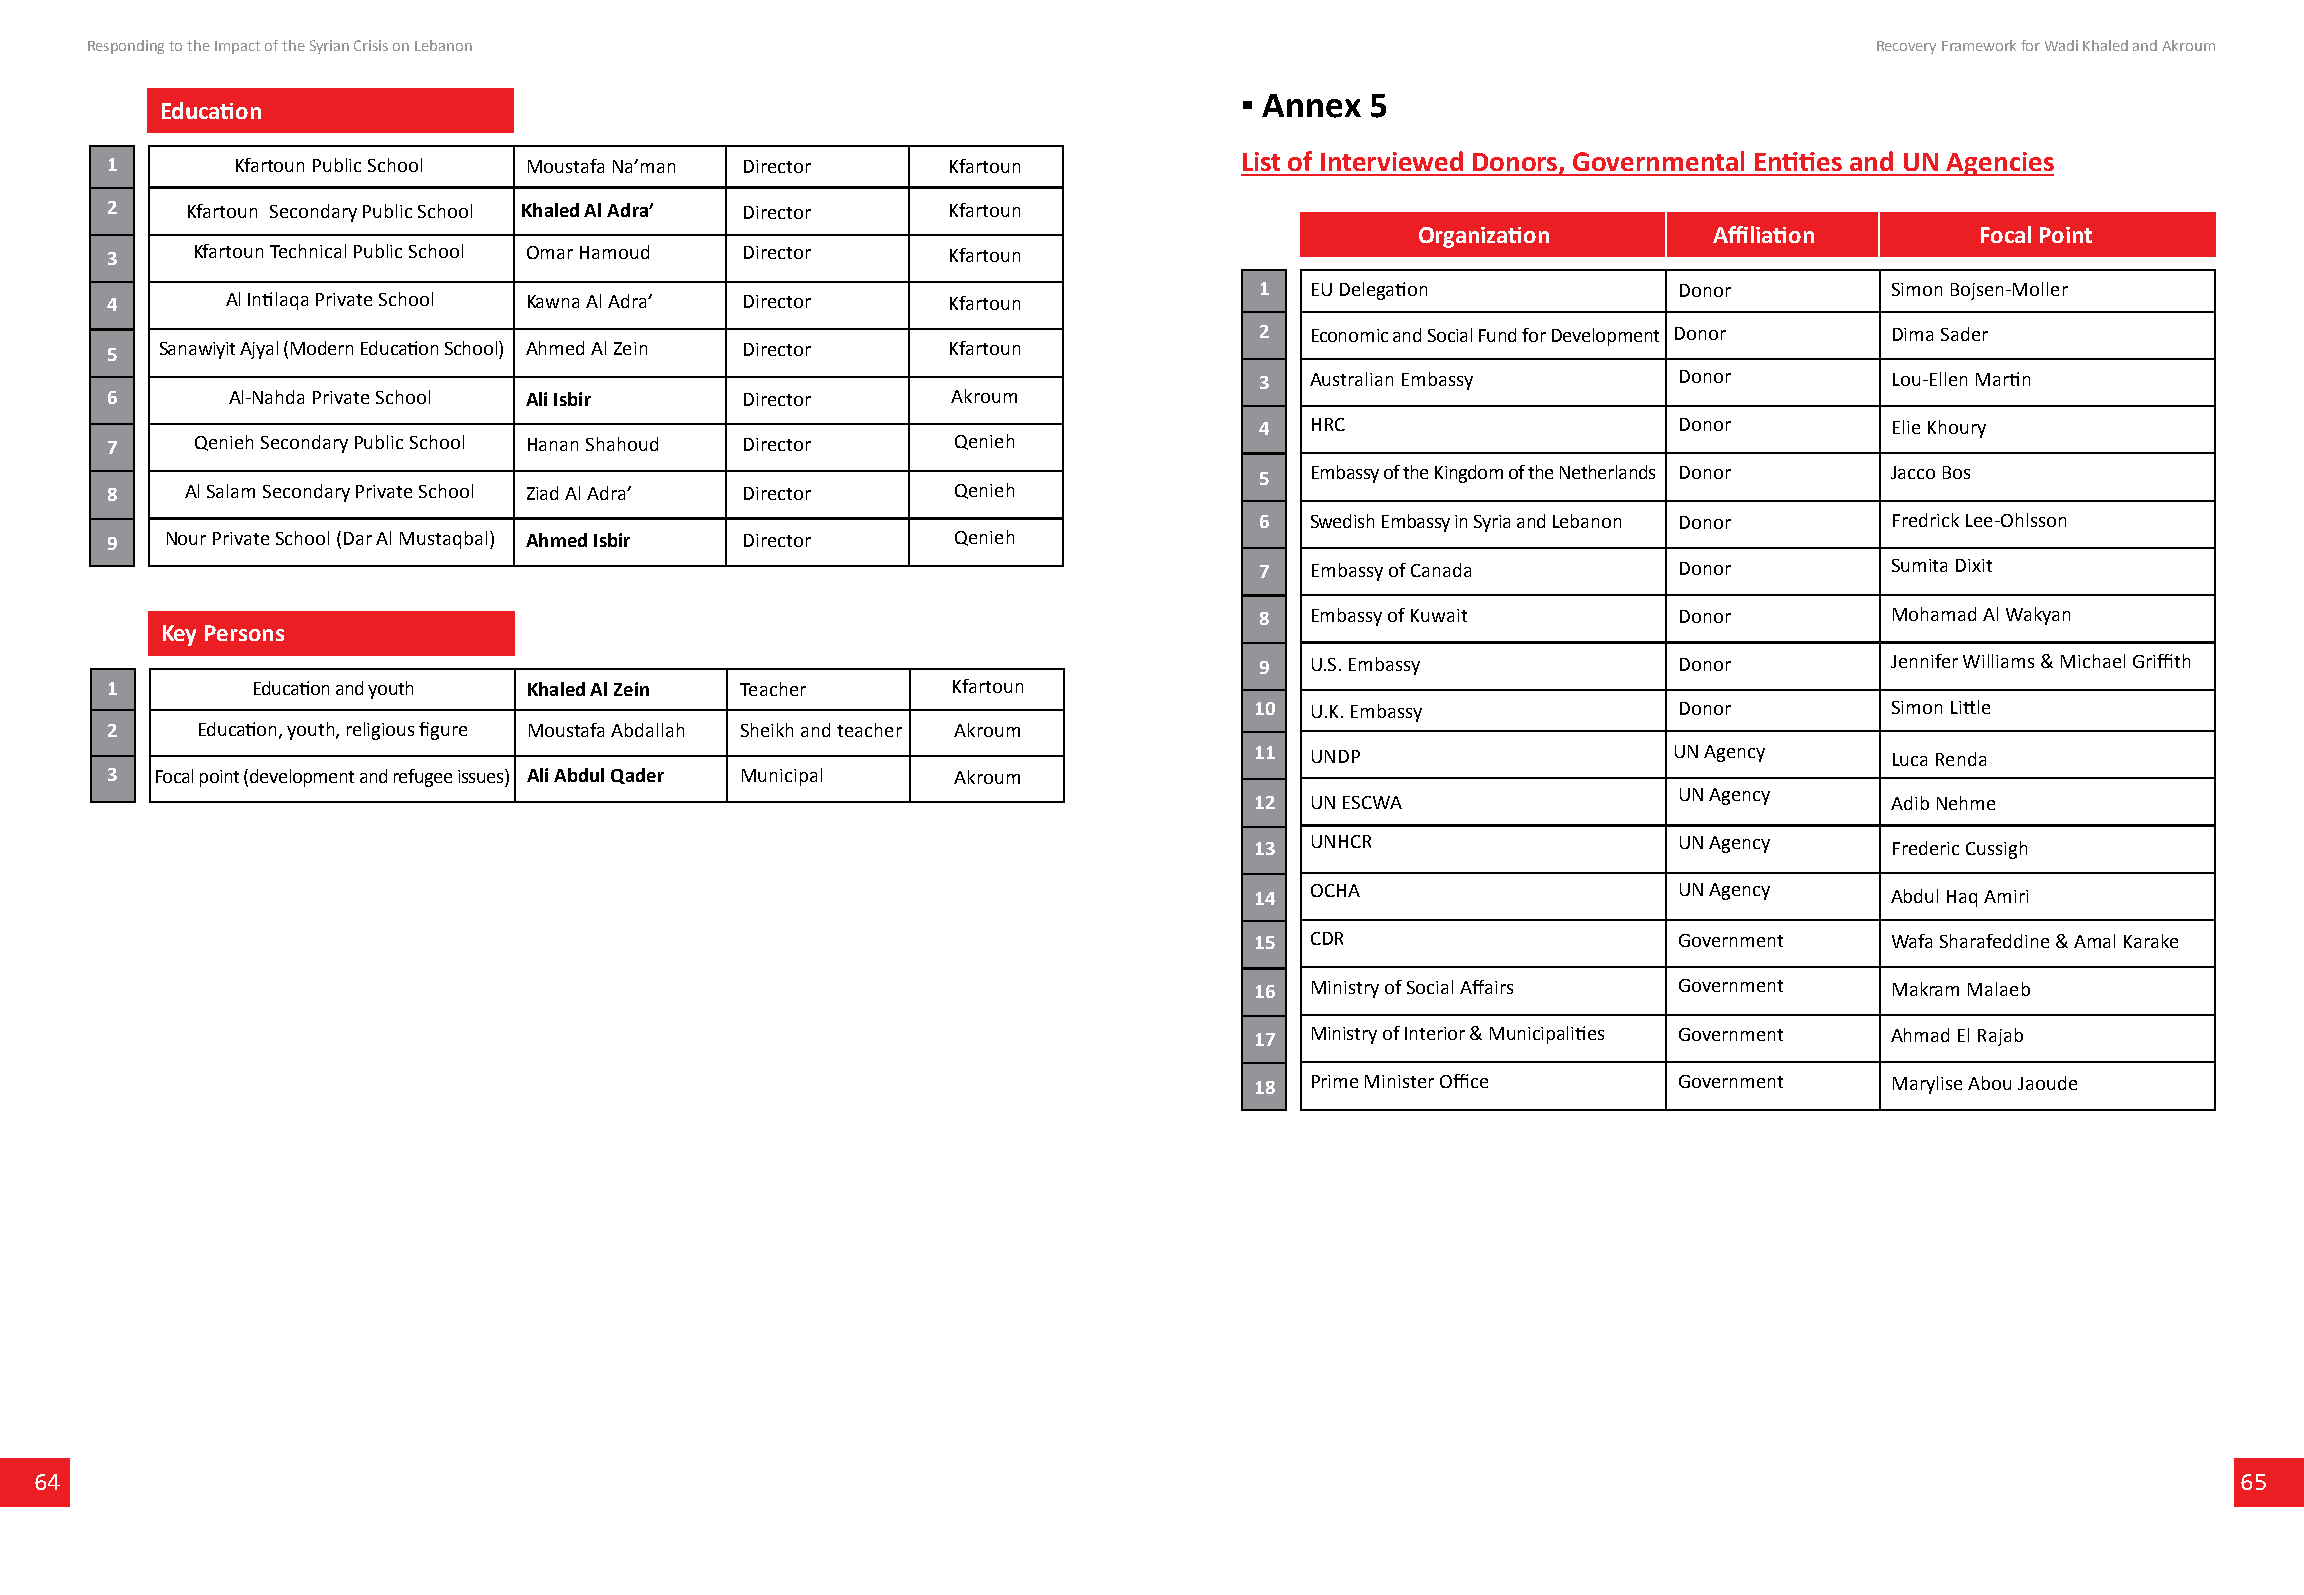
Responding to the Impact of the Syrian Crisis on Lebanon                                                              Recovery Framework for Wadi Khaled and Akroum
 ▪ Annex  5
 Education
 1       Kfartoun Public School Moustafa Na’man Director Kfartoun           List of Interviewed Donors, Governmental Entities and UN Agencies
 2    Kfartoun Secondary Public School Khaled Al Adra’ Director Kfartoun
 Organization       Affiliation       Focal Point
 3     Kfartoun Technical Public School Omar Hamoud Director Kfartoun
 1   EU Delegation           Donor         Simon Bojsen-Moller
 4       Al Intilaqa Private School Kawna Al Adra’ Director Kfartoun
 2   Economic and Social Fund for Development Donor Dima Sader
 5   Sanawiyit Ajyal (Modern Education School) Ahmed Al Zein Director Kfartoun
 3   Australian Embassy      Donor         Lou-Ellen Martin
 6       Al-Nahda Private School Ali Isbir Director      Akroum
 4   HRC                     Donor         Elie Khoury
 7     Qenieh Secondary Public School Hanan Shahoud Director Qenieh
 5   Embassy of the Kingdom of the Netherlands Donor Jacco Bos
 8    Al Salam Secondary Private School Ziad Al Adra’ Director Qenieh
 6   Swedish Embassy in Syria and Lebanon Donor Fredrick Lee-Ohlsson
 9   Nour Private School (Dar Al Mustaqbal) Ahmed Isbir Director Qenieh
 7   Embassy of Canada       Donor         Sumita Dixit
 8   Embassy of Kuwait       Donor         Mohamad Al Wakyan
 Key Persons
 9   U.S. Embassy            Donor         Jennifer Williams & Michael Griffith
 1         Education and youth Khaled Al Zein Teacher    Kfartoun
 10  U.K. Embassy            Donor         Simon Little
 2     Education, youth, religious figure Moustafa Abdallah Sheikh and teacher Akroum
 11  UNDP                    UN Agency     Luca Renda
 3  Focal point (development and refugee issues) Ali Abdul Qader Municipal Akroum
 UN Agency
 12  UN ESCWA                              Adib Nehme
 13  UNHCR                   UN Agency     Frederic Cussigh
 OCHA                    UN Agency
 14                                        Abdul Haq Amiri
 15  CDR                     Government    Wafa Sharafeddine & Amal Karake
 16  Ministry of Social Affairs Government Makram Malaeb
 17  Ministry of Interior & Municipalities Government Ahmad El Rajab
 18  Prime Minister Office   Government    Marylise Abou Jaoude
 64                                                                                                                                                65